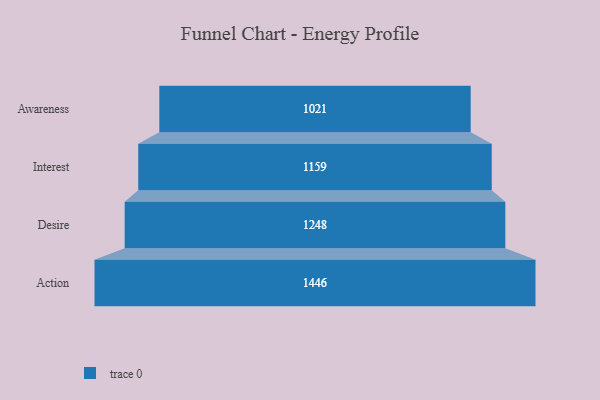
{"axis": {"x": "Stage", "y": "Value"}, "legend": [""], "data": [{"x": "Awareness", "y": 1021.0, "type": ""}, {"x": "Interest", "y": 1159.0, "type": ""}, {"x": "Desire", "y": 1248.0, "type": ""}, {"x": "Action", "y": 1446.0, "type": ""}]}